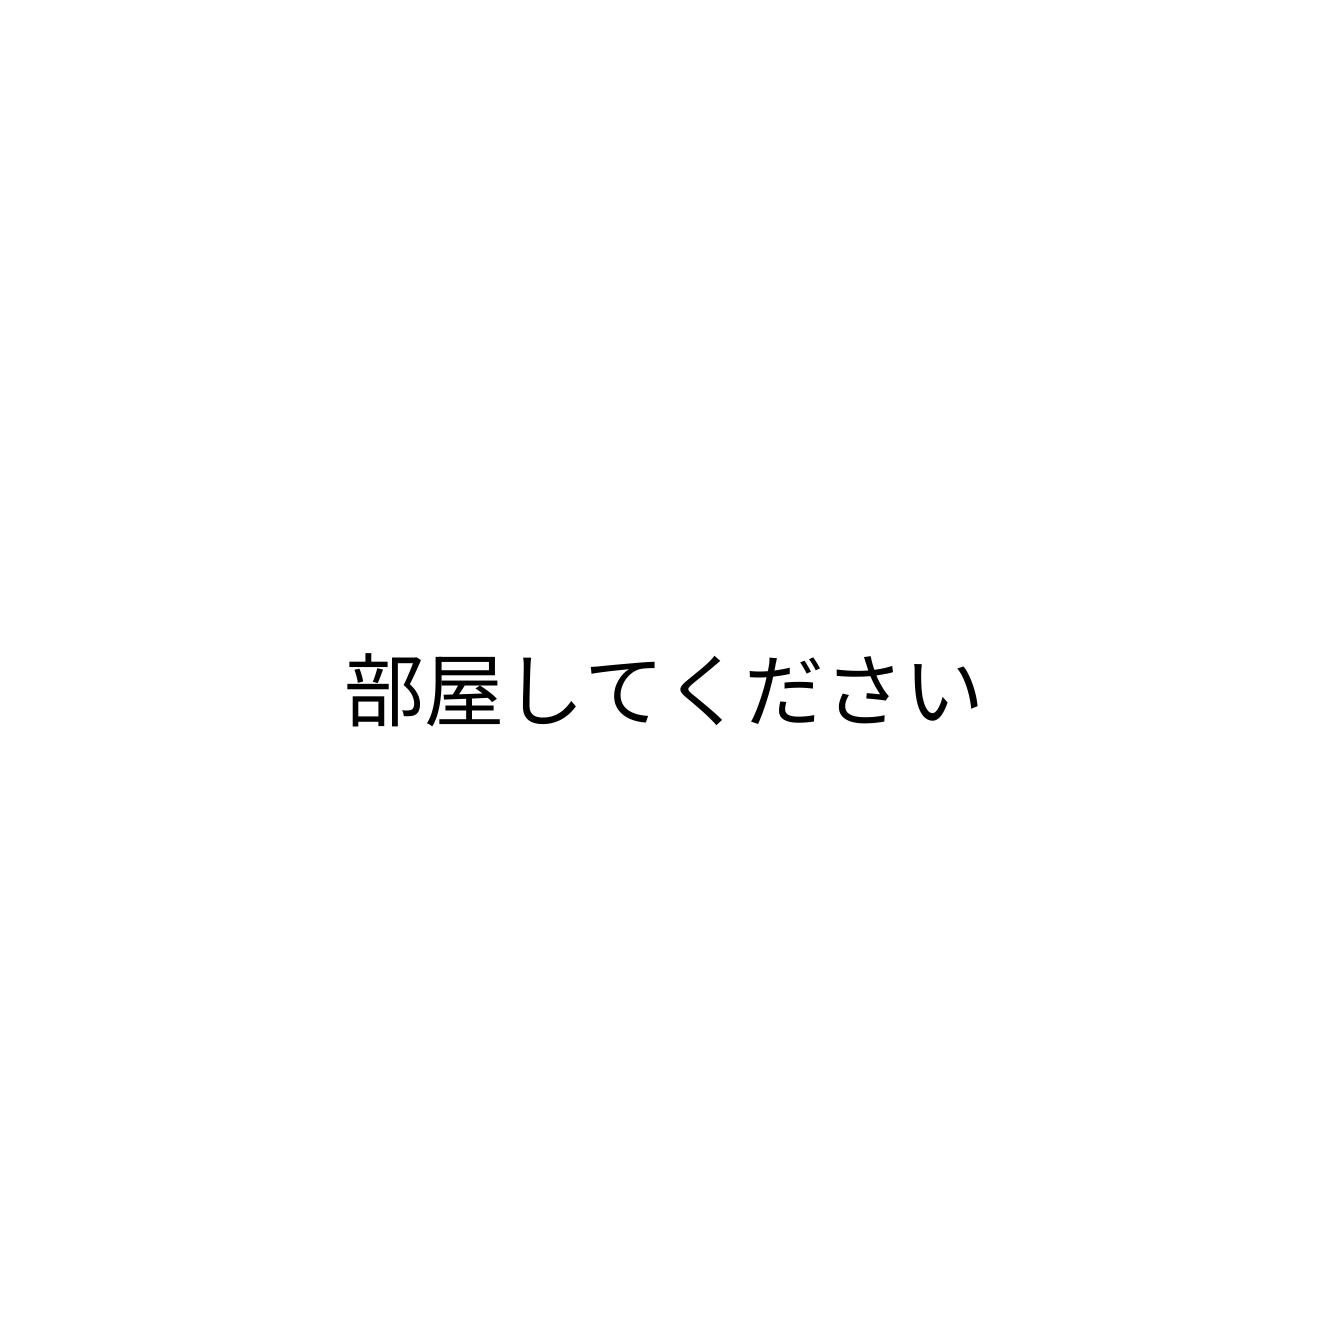
部屋してください